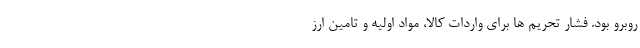
روبرو بود. فشار تحریم ها برای واردات کالا، مواد اولیه و تامین ارز